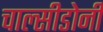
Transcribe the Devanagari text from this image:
चाल्सीडोनी